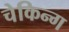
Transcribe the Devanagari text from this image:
चेकिन्ग